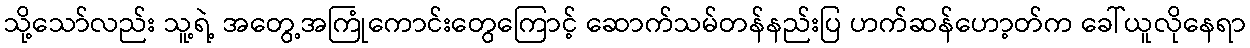
သို့သော်လည်း သူ့ရဲ့ အတွေ့အကြုံကောင်းတွေကြောင့် ဆောက်သမ်တန်နည်းပြ ဟက်ဆန်ဟော့တ်က ခေါ်ယူလိုနေရာ